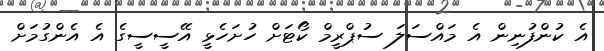
އެ ކުންފުނިން އެ މައްސަލަ ސުޕްރީމް ކޯޓަށް ހުށަހެޅީ އޭސީސީގެ އެ އެންގުމަށް